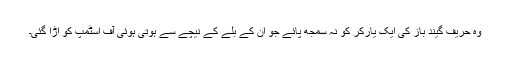
وہ حریف گیند باز کی ایک یارکر کو نہ سمجھ پائے جو اُن کے بلے کے نیچے سے ہوتی ہوئی آف اسٹمپ کو اڑا گئی۔